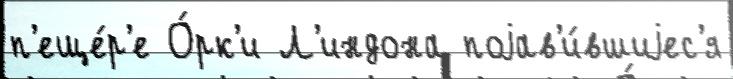
п'еще́р'е О́рк'и Л'индона поjав'и́вшиjес'я